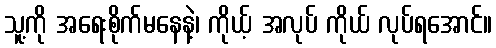
သူ့ကို အရေးစိုက်မနေနဲ့၊ ကိုယ့် အလုပ် ကိုယ် လုပ်ရအောင်။